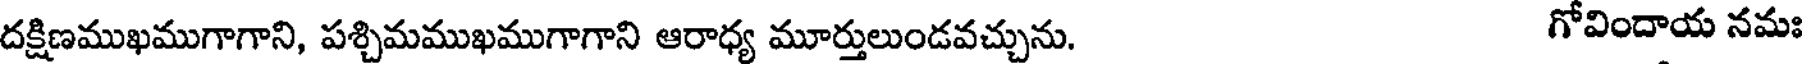
దక్షిణముఖముగాగాని, పశ్చిమముఖముగాగాని ఆరాధ్య మూర్తులుండవచ్చును. గోవిందాయ నమః